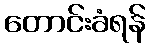
တောင်းခံရန်